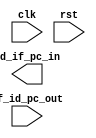
`timescale 1ns / 1ps
//////////////////////////////////////////////////////////////////////////////////
// Company: 
// Engineer: 
// 
// Design Name: 
// Module Name: branch
// Project Name: 
// Target Devices: 
// Tool Versions: 
// Description: 
// 
// Dependencies: 
// 
// Revision:
// Revision 0.01 - File Created
// Additional Comments:
// 
//////////////////////////////////////////////////////////////////////////////////


module branch(
input clk,
input rst,

input [31:0] if_id_pc_out,
output [31:0] id_if_pc_in
    );
    
always @(posedge clk) begin
    
end
endmodule